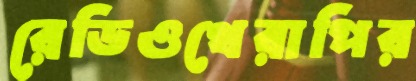
রেডিওথেরাপির